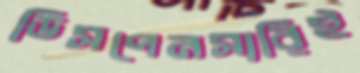
ডিসপেনসারিই